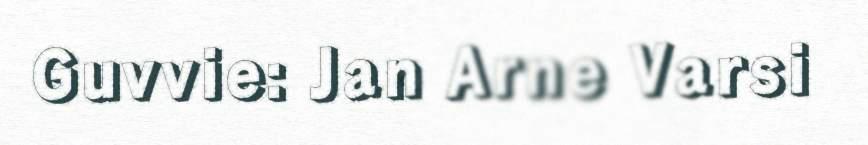
Guvvie: Jan Arne Varsi